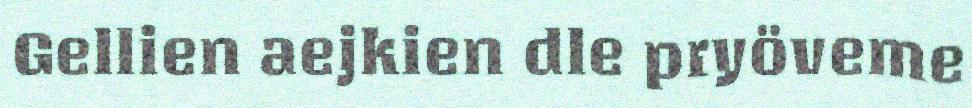
Gellien aejkien dle pryöveme